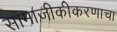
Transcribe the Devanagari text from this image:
सामाजीकीकरणाचा